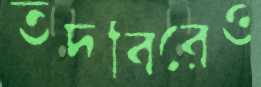
তদবিরেও